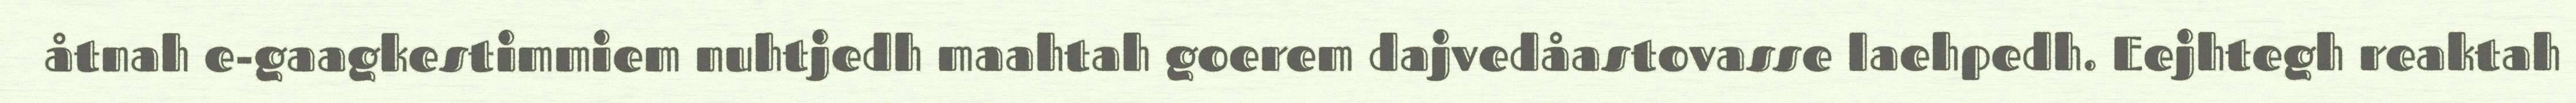
åtnah e-gaagkestimmiem nuhtjedh maahtah goerem dajvedåastovasse laehpedh. Eejhtegh reaktah